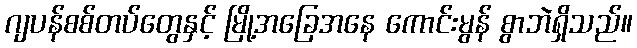
ဂျပန်စစ်တပ်တွေနှင့် မြို့အခြေအနေ ကောင်းမွန် စွာဘဲရှိသည်။